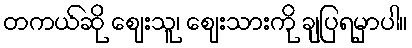
တကယ်ဆို ဈေးသူ၊ ဈေးသားကို ချပြရမှာပါ။